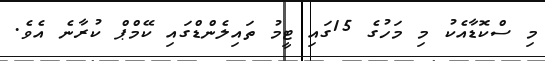
މި ސްކޮޑާއެކު މި މަހުގެ 15ގައި ޓީމު ތައިލެންޑްގައި ކޭމްޕް ކުރާނެ އެވެ.